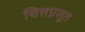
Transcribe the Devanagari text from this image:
चित्तप्रसूत